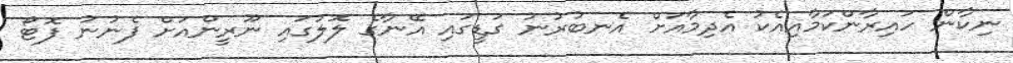
ނިކާން ހައިރާންކަމާއިއެކު އެދިމާއަށް އެނބުރުނު ގަޑީގައި އޭނާގެ ލޮލުގައި ނޫރީންއަށް ފެނުނު ފޮޓޯ